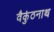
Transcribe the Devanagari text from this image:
वैकुंठनाथ